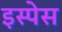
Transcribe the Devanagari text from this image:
इस्पेस